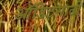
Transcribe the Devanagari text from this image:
ऑडिटसाठी